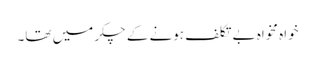
خواہ مخواہ بے تکلف ہونے کے چکر میں تھا۔